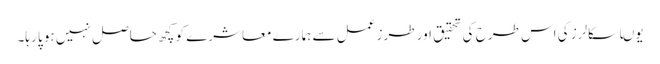
یوںا سکالرز کی اس طرح کی تحقیق اور طرز عمل سے ہمارے معاشرے کو کچھ حاصل نہیں ہو پا رہا۔